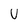
Character: U